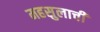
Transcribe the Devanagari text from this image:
महसुलाची